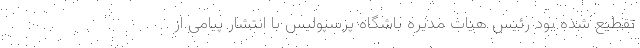
تقطیع شده بود رئیس هیات مدیره باشگاه پرسپولیس با انتشار پیامی از